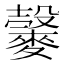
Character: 𪍠